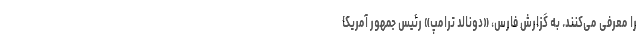
را معرفی می‌کنند. به گزارش فارس، «دونالد ترامپ» رئیس جمهور آمریکا